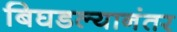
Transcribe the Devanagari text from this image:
बिघडल्यानंतर